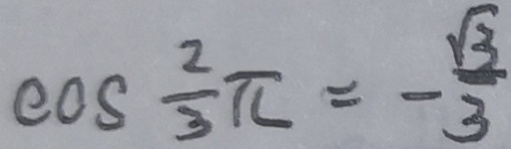
\cos \frac { 2 } { 3 } \pi = - \frac { \sqrt { 3 } } { 3 }